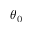
\theta _ { 0 }